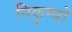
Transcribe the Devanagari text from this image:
निकुम्बों